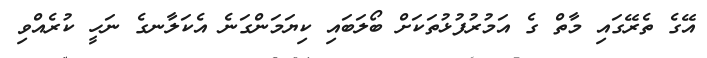
އޭގެ ތެރޭގައި މާތް ގެ އަމުރުފުޅުތަކަށް ބޯލަބައި ކިޔަމަންގަނެ އެކަލާނގެ ނަހީ ކުރެއްވި